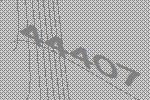
44407